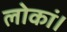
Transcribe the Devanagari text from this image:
लोकां।